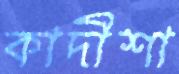
কাদীশা